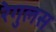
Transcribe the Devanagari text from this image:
रेगुलस